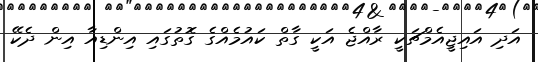
އަދި އައިޖީއެމްޗަކީ ރާއްޖެ އަކީ ގާތް ކައުމެއްގެ ގޮތުގައި އިންޑިއާ އިން ދެކޭ